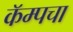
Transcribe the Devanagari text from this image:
कॅम्पचा